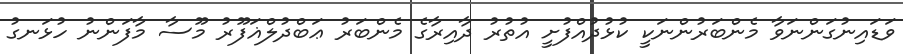
ވަޑައިނުގަންނަވާ މެންބަރުންނަކީ ކުޅުދުއްފުށީ އުތުރު ދާއިރާގެ މެންބަރު ޢަބްދުލްޣަފޫރު މޫސާ މާފަންނު ހުޅަނގު